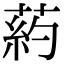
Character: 葯